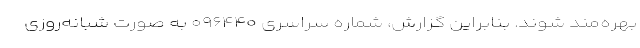
بهره‌مند شوند. بنابراین گزارش، شماره سراسری ۰۹۶۴۴۰ به صورت شبانه‌روزی